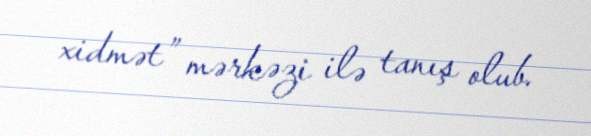
xidmət” mərkəzi ilə tanış olub.